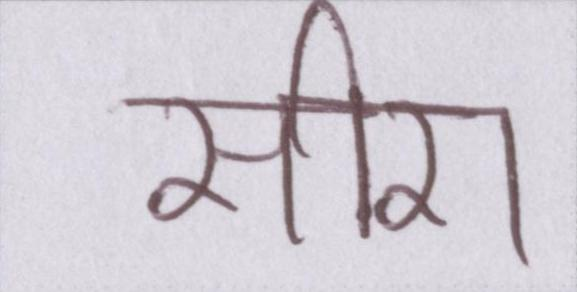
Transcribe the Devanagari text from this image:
सीरा